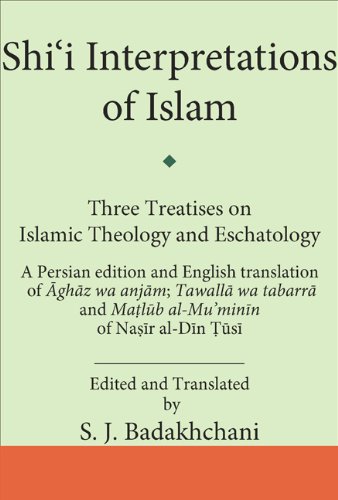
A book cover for Shi'i Interpretations of Islam: Three Treatises on Theology and Eschatology (Ismaili Texts and Translations); Religion & Spirituality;